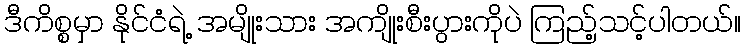
ဒီကိစ္စမှာ နိုင်ငံရဲ့ အမျိုးသား အကျိုးစီးပွားကိုပဲ ကြည့်သင့်ပါတယ်။